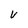
Character: V